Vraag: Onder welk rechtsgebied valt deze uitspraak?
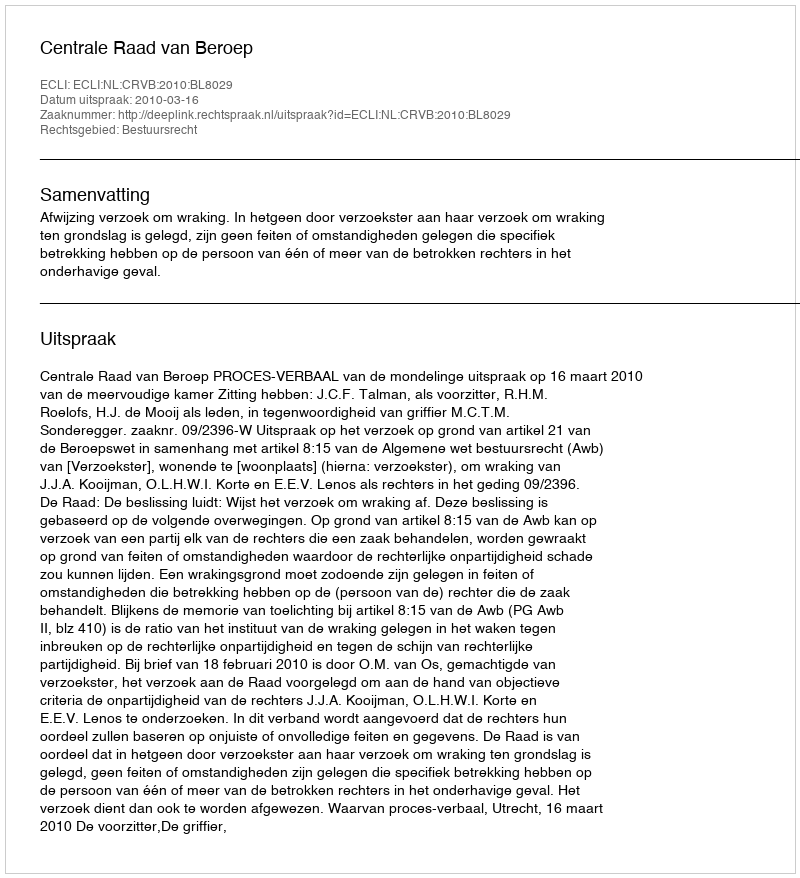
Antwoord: Bestuursrecht